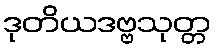
ဒုတိယဒဗ္ဗသုတ္တ